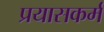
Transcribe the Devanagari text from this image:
प्रयासकर्म